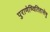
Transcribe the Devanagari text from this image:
पुराणेष्वितिहासेषु